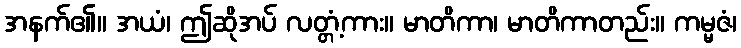
အနက်၏။ အယံ၊ ဤဆိုအပ် လတ္တံ့ကား။ မာတိကာ၊ မာတိကာတည်း။ ကမ္မဇံ၊